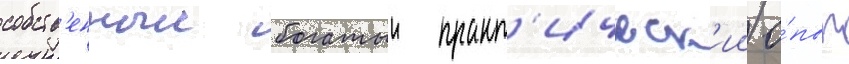
собств'енныи богатыи практ'ическ'ии о́пыт